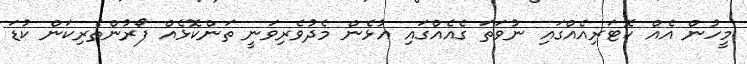
މީހުން އެއް ކޮޓަރިއެެއްގައި ނުވަތަ ގެއެއްގައި އުޅެން މެދުވެރިވަނީ ތަންކޮޅެއް ފޯރުންތެރިކަން ކުޑަ